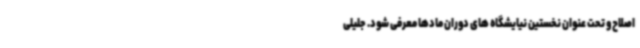
اصلاح و تحت عنوان نخستین نیایشگاه های دوران مادها معرفی شود. جلیلی